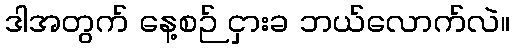
ဒါအတွက် နေ့စဉ် ငှားခ ဘယ်လောက်လဲ။